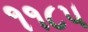
૧૧૮૫